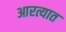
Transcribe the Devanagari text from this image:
आरत्यात